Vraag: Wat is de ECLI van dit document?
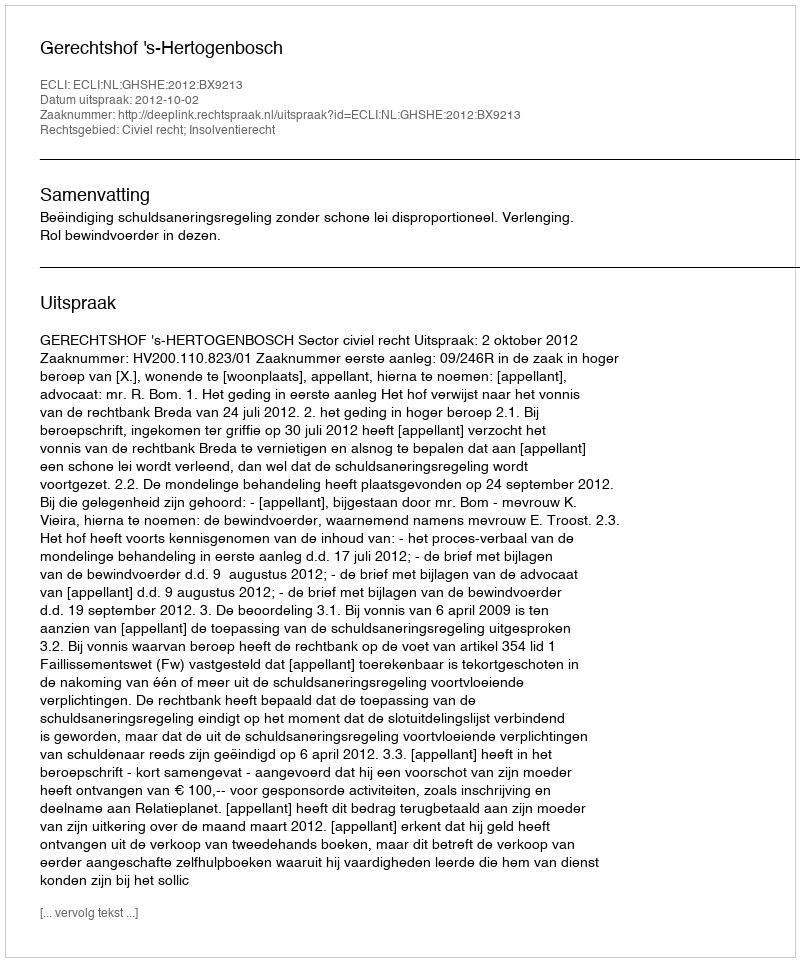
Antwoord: ECLI:NL:GHSHE:2012:BX9213